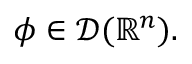
\phi \in { \mathcal { D } } ( \mathbb { R } ^ { n } ) .